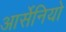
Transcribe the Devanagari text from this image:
आर्सेनियो